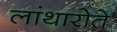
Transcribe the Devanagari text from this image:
लांथारोते